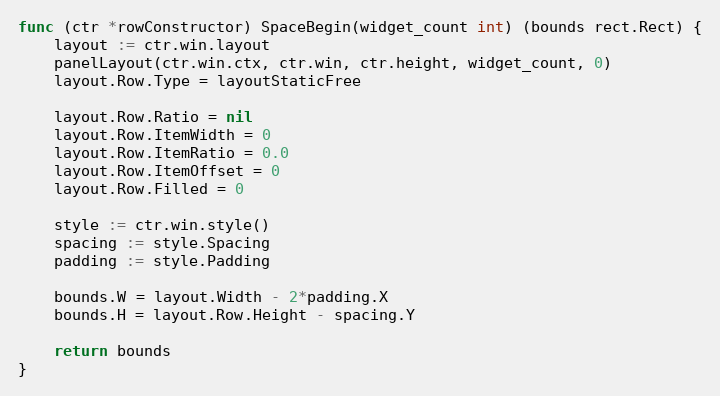
Language: Go
func (ctr *rowConstructor) SpaceBegin(widget_count int) (bounds rect.Rect) {
	layout := ctr.win.layout
	panelLayout(ctr.win.ctx, ctr.win, ctr.height, widget_count, 0)
	layout.Row.Type = layoutStaticFree

	layout.Row.Ratio = nil
	layout.Row.ItemWidth = 0
	layout.Row.ItemRatio = 0.0
	layout.Row.ItemOffset = 0
	layout.Row.Filled = 0

	style := ctr.win.style()
	spacing := style.Spacing
	padding := style.Padding

	bounds.W = layout.Width - 2*padding.X
	bounds.H = layout.Row.Height - spacing.Y

	return bounds
}